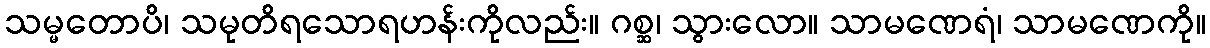
သမ္မတောပိ၊ သမုတိရသောရဟန်းကိုလည်း။ ဂစ္ဆ၊ သွားလော။ သာမဏေရံ၊ သာမဏေကို။